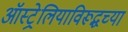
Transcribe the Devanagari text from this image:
ऑस्ट्रेलियाविरूद्धच्या